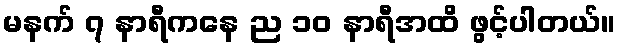
မနက် ၇ နာရီကနေ ည ၁၀ နာရီအထိ ဖွင့်ပါတယ်။